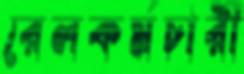
রেলকর্মচারী